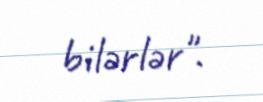
bilərlər".